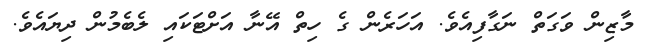
މާޒިން ވަގަތް ނަގާފިއެވެ. އަހަރެން ގެ ހިތް އޭނާ އަށްޓަކައި ލެބެމުން ދިޔައެވެ.